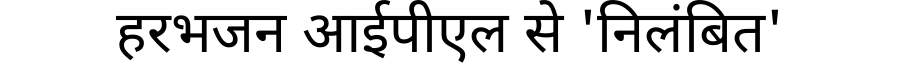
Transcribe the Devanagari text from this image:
हरभजन आईपीएल से 'निलंबित'